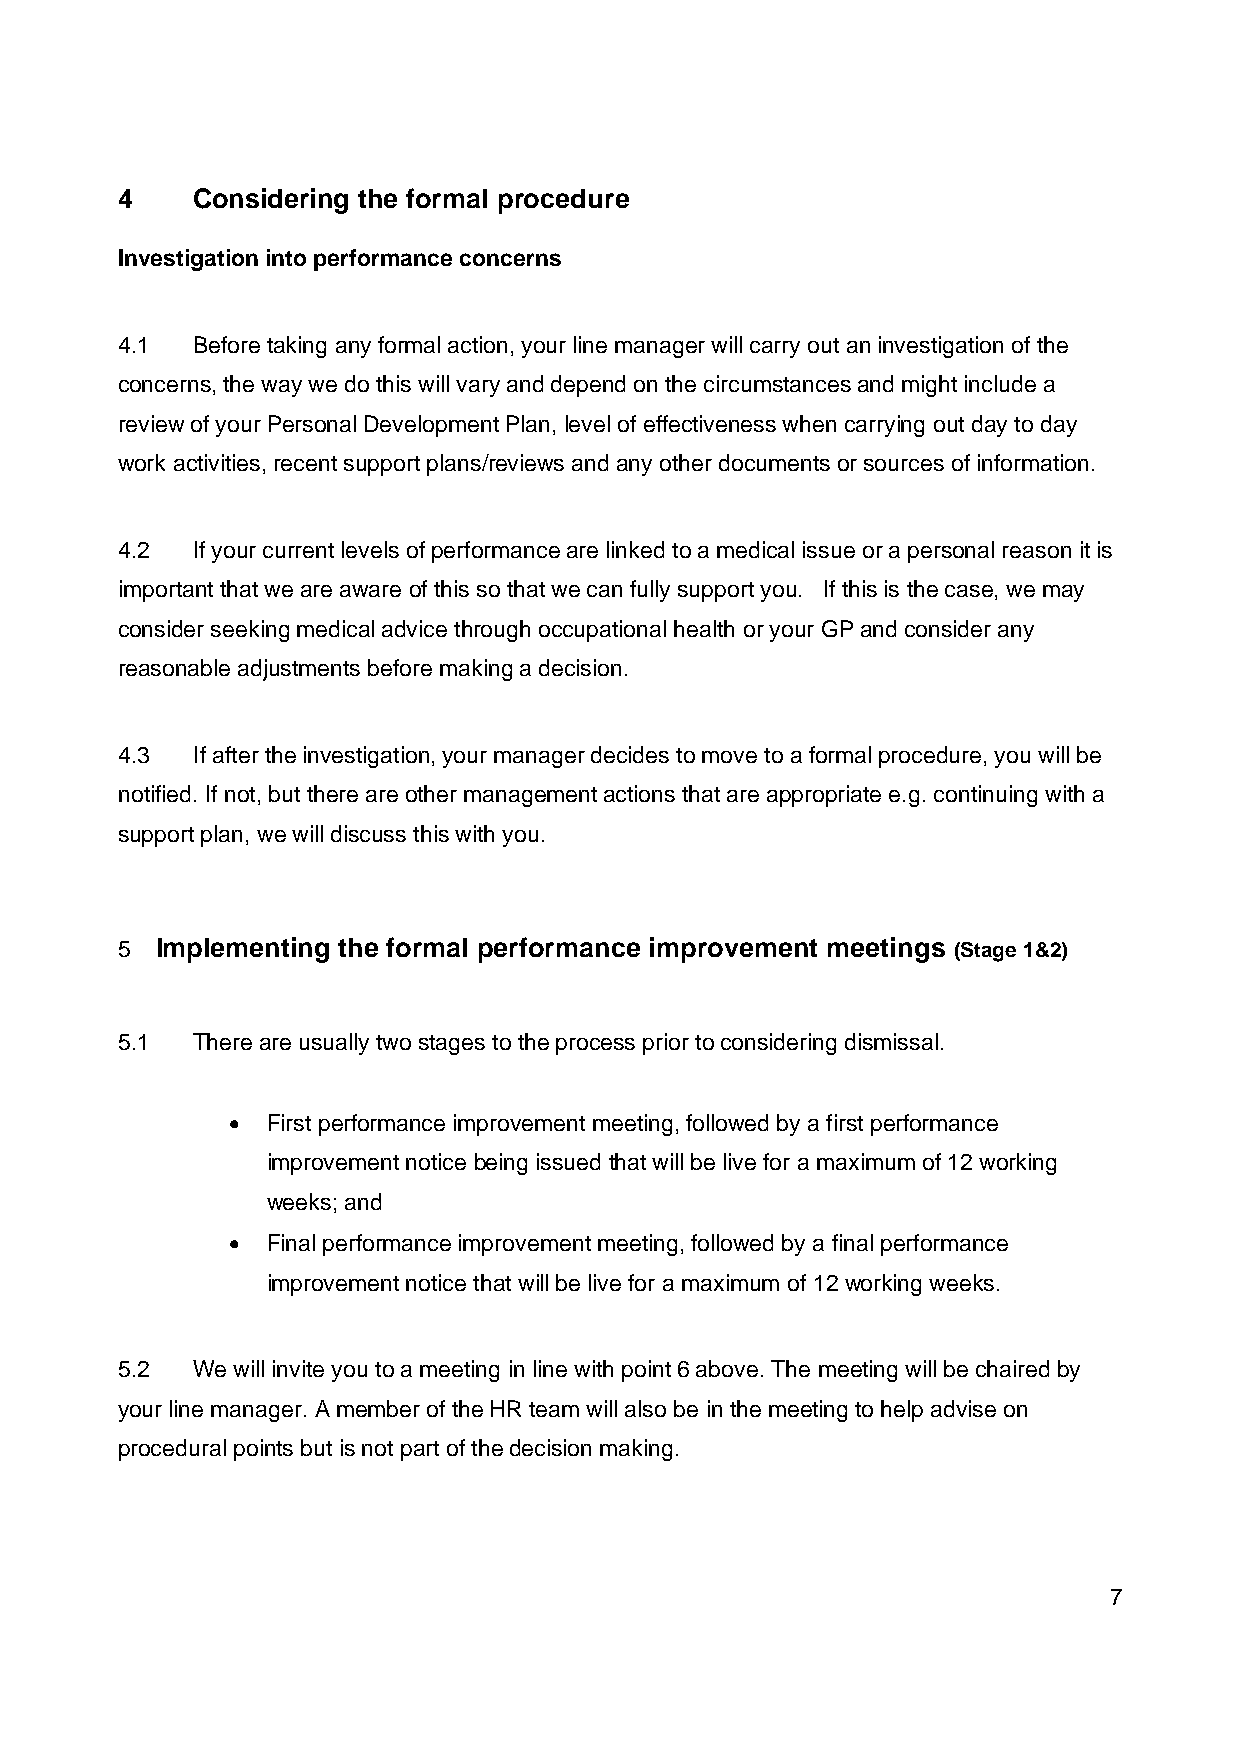
4    Considering the formal procedure
 Investigation into performance concerns
 4.1  Before taking any formal action, your line manager will carry out an investigation of the
 concerns, the way we do this will vary and depend on the circumstances and might include a
 review of your Personal Development Plan, level of effectiveness when carrying out day to day
 work activities, recent support plans/reviews and any other documents or sources of information.
 4.2  If your current levels of performance are linked to a medical issue or a personal reason it is
 important that we are aware of this so that we can fully support you. If this is the case, we may
 consider seeking medical advice through occupational health or your GP and consider any
 reasonable adjustments before making a decision.
 4.3  If after the investigation, your manager decides to move to a formal procedure, you will be
 notified. If not, but there are other management actions that are appropriate e.g. continuing with a
 support plan, we will discuss this with you.
 5 Implementing the formal performance improvement meetings (Stage 1&2)
 5.1  There are usually two stages to the process prior to considering dismissal.
 •  First performance improvement meeting, followed by a first performance
 improvement notice being issued that will be live for a maximum of 12 working
 weeks; and
 •  Final performance improvement meeting, followed by a final performance
 improvement notice that will be live for a maximum of 12 working weeks.
 5.2  We will invite you to a meeting in line with point 6 above. The meeting will be chaired by
 your line manager. A member of the HR team will also be in the meeting to help advise on
 procedural points but is not part of the decision making.
 7